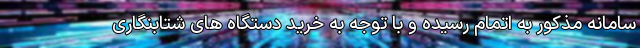
سامانه مذکور به اتمام رسیده و با توجه به خرید دستگاه های شتابنگاری